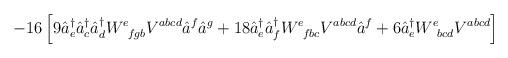
LaTeX: \begin{align*}- 16 \left[ 9 \hat{a}^{\dagger}_e \hat{a}^{\dagger}_c \hat{a}^{\dagger}_d W^e_{\;\;fgb} V^{abcd} \hat{a}^f \hat{a}^g + 18 \hat{a}^{\dagger}_e\hat{a}^{\dagger}_f W^e_{\;\; fbc} V^{abcd} \hat{a}^f + 6\hat{a}^{\dagger}_e W^{e}_{\;\; bcd} V^{abcd} \right]\end{align*}